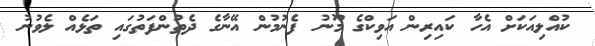
ކުއްލިއަކަށް އެހާ ކައިރިން އަވިކްގެ މޫނު ފެނުމުން އޭނާގެ ދެތުންފަތުގައި ތަޅެއް ލެވުނު